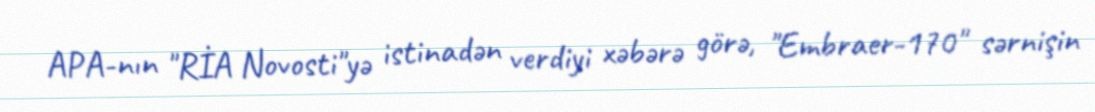
APA-nın "RİA Novosti"yə istinadən verdiyi xəbərə görə, "Embraer-170" sərnişin